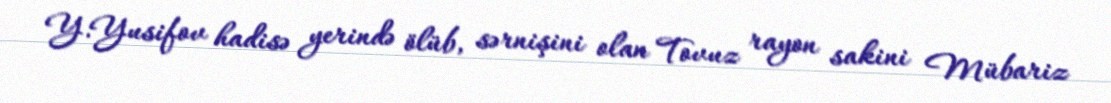
Y.Yusifov hadisə yerində ölüb, sərnişini olan Tovuz rayon sakini Mübariz